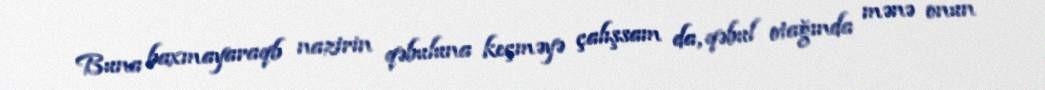
Buna baxmayaraqb nazirin qəbuluna keçməyə çalışsam da, qəbul otağında mənə onun